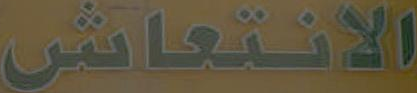
الانتعاش